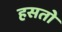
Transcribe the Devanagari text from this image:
हसतो